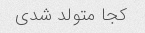
کجا متولد شدی